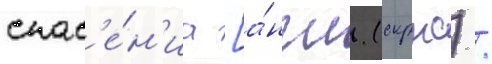
спас'е́н'иа [а́нгл. (скрнс) /